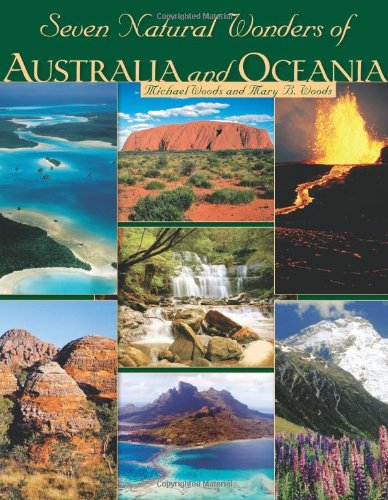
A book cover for Seven Natural Wonders of Australia and Oceania (Seven Wonders); Michael Woods; Children's Books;